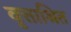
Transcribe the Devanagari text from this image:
वृत्ताश्रित